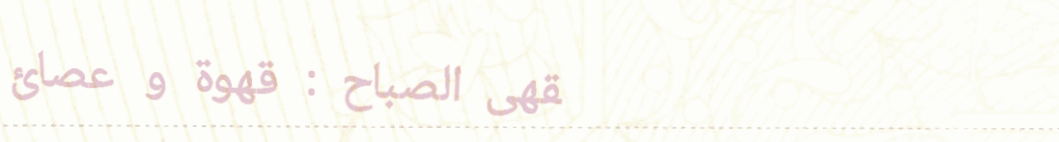
مقهى الصباح : قهوة و عصائ